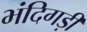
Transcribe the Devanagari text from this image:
भंदिगड़ी